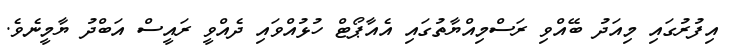
އިފުރުގައި މިއަދު ބޭއްވި ރަސްމިއްޔާތުގައި އެއާޕޯޓް ހުޅުއްވައި ދެއްވީ ރައީސް އަބްދު ޔާމީނެވެ.